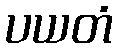
ပယတံ